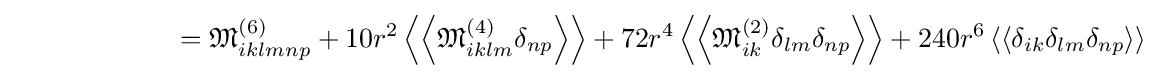
\qquad \qquad \qquad ={\mathfrak {M}}_{iklmnp}^{(6)}+10r^{2}\left\langle \left\langle {\mathfrak {M}}_{iklm}^{(4)}\delta _{np}\right\rangle \right\rangle +72r^{4}\left\langle \left\langle {\mathfrak {M}}_{ik}^{(2)}\delta _{lm}\delta _{np}\right\rangle \right\rangle +240r^{6}\left\langle \left\langle \delta _{ik}\delta _{lm}\delta _{np}\right\rangle \right\rangle